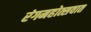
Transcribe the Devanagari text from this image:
रंगमहोत्सवात